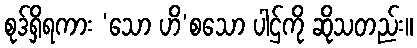
စုဒ်ရှိရကား ‘သော ဟိ’စသော ပါဌ်ကို ဆိုသတည်း။